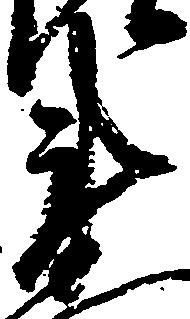
衛